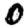
Digit: 0